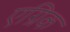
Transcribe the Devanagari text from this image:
एग्रिक